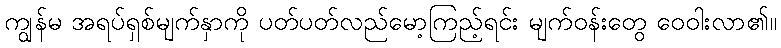
ကျွန်မ အရပ်ရှစ်မျက်နှာကို ပတ်ပတ်လည်မော့ကြည့်ရင်း မျက်ဝန်းတွေ ဝေဝါးလာ၏။